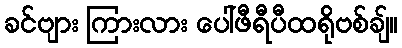
ခင်ဗျား ကြားလား ပေါ်ဖီရီပီထရိုဗစ်ချ်။